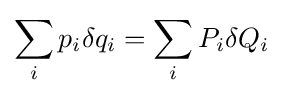
\sum _{i}p_{i}\delta q_{i}=\sum _{i}P_{i}\delta Q_{i}